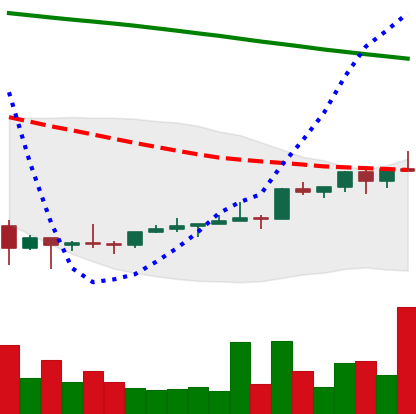
Ticker: NEO-USD
Chart end date: 2022-02-10
Forward return: -4.954%
Label: down_3_5